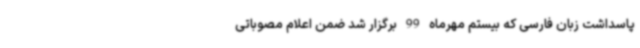
پاسداشت زبان فارسی که بیستم مهرماه 99 برگزار شد ضمن اعلام مصوباتی